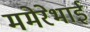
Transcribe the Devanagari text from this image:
ममेरेभाई